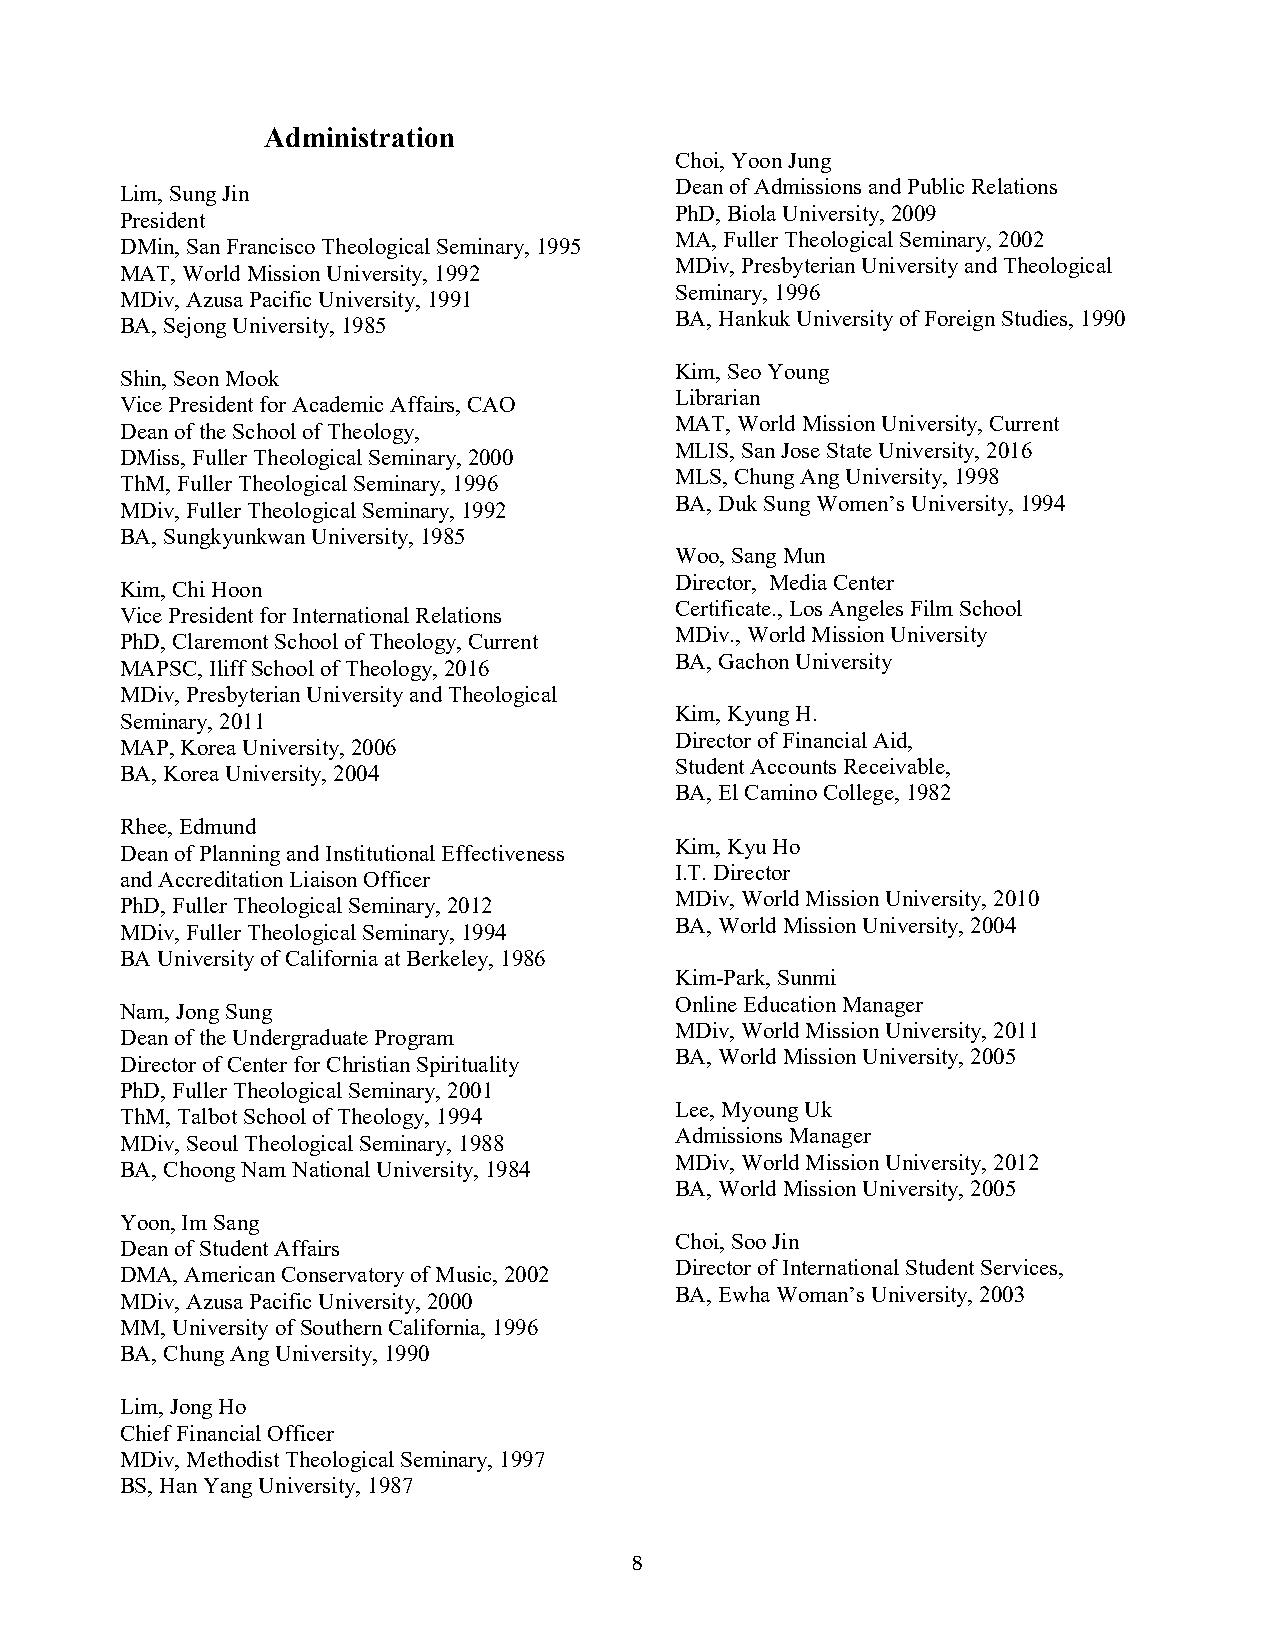
Administration
 Choi, Yoon Jung
 Dean of Admissions and Public Relations
 Lim, Sung Jin
 PhD, Biola University, 2009
 President
 MA, Fuller Theological Seminary, 2002
 DMin, San Francisco Theological Seminary, 1995
 MDiv, Presbyterian University and Theological
 MAT, World Mission University, 1992
 Seminary, 1996
 MDiv, Azusa Pacific University, 1991
 BA, Hankuk University of Foreign Studies, 1990
 BA, Sejong University, 1985
 Kim, Seo Young
 Shin, Seon Mook
 Librarian
 Vice President for Academic Affairs, CAO
 MAT, World Mission University, Current
 Dean of the School of Theology,
 MLIS, San Jose State University, 2016
 DMiss, Fuller Theological Seminary, 2000
 MLS, Chung Ang University, 1998
 ThM, Fuller Theological Seminary, 1996
 BA, Duk Sung Women’s University, 1994
 MDiv, Fuller Theological Seminary, 1992
 BA, Sungkyunkwan University, 1985
 Woo, Sang Mun
 Director, Media Center
 Kim, Chi Hoon
 Certificate., Los Angeles Film School
 Vice President for International Relations
 MDiv., World Mission University
 PhD, Claremont School of Theology, Current
 BA, Gachon University
 MAPSC, Iliff School of Theology, 2016
 MDiv, Presbyterian University and Theological
 Kim, Kyung H.
 Seminary, 2011
 Director of Financial Aid,
 MAP, Korea University, 2006
 Student Accounts Receivable,
 BA, Korea University, 2004
 BA, El Camino College, 1982
 Rhee, Edmund
 Kim, Kyu Ho
 Dean of Planning and Institutional Effectiveness
 I.T. Director
 and Accreditation Liaison Officer
 MDiv, World Mission University, 2010
 PhD, Fuller Theological Seminary, 2012
 BA, World Mission University, 2004
 MDiv, Fuller Theological Seminary, 1994
 BA University of California at Berkeley, 1986
 Kim-Park, Sunmi
 Online Education Manager
 Nam, Jong Sung
 MDiv, World Mission University, 2011
 Dean of the Undergraduate Program
 BA, World Mission University, 2005
 Director of Center for Christian Spirituality
 PhD, Fuller Theological Seminary, 2001
 Lee, Myoung Uk
 ThM, Talbot School of Theology, 1994
 Admissions Manager
 MDiv, Seoul Theological Seminary, 1988
 MDiv, World Mission University, 2012
 BA, Choong Nam National University, 1984
 BA, World Mission University, 2005
 Yoon, Im Sang
 Choi, Soo Jin
 Dean of Student Affairs
 Director of International Student Services,
 DMA, American Conservatory of Music, 2002
 BA, Ewha Woman’s University, 2003
 MDiv, Azusa Pacific University, 2000
 MM, University of Southern California, 1996
 BA, Chung Ang University, 1990
 Lim, Jong Ho
 Chief Financial Officer
 MDiv, Methodist Theological Seminary, 1997
 BS, Han Yang University, 1987
 8